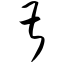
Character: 甚